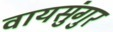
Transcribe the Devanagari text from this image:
वायसुंगुर